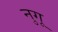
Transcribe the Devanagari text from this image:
नुगू